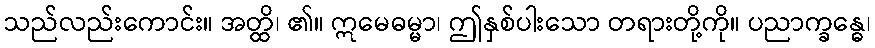
သည်လည်းကောင်း။ အတ္ထိ၊ ၏။ ဣမေဓမ္မာ၊ ဤနှစ်ပါးသော တရားတို့ကို။ ပညာက္ခန္ဓေ၊